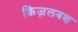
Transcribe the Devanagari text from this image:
क़िज़लबश